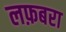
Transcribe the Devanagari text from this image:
लफ़बरा